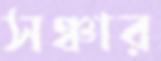
সঞ্চার